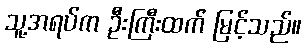
သူ့အရပ်က ဦးကြီးထက် မြင့်သည်။